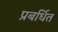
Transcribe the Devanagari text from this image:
प्रबर्धित